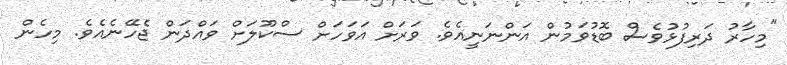
"މިހާރު ދަރިފުޅުވެސް ބޮޑުވަމުން އަންނަނީއެވެ. ވަރަށް އަވަހަށް ސްކޫލަށް ވައްދަން ޖެހޭނެއެވެ. މިހެން